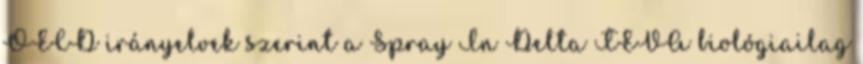
OECD irányelvek szerint a Spray In Delta TEVA biológiailag